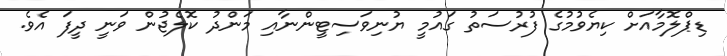
ޑިޕްލޮމާއަށް ކިޔެވުމުގެ ފުރުސަތު ގައުމީ ޔުނިވަސިޓީންނާއި މަންދު ކޮލެޖުން ވަނީ ދީފަ އެވެ.